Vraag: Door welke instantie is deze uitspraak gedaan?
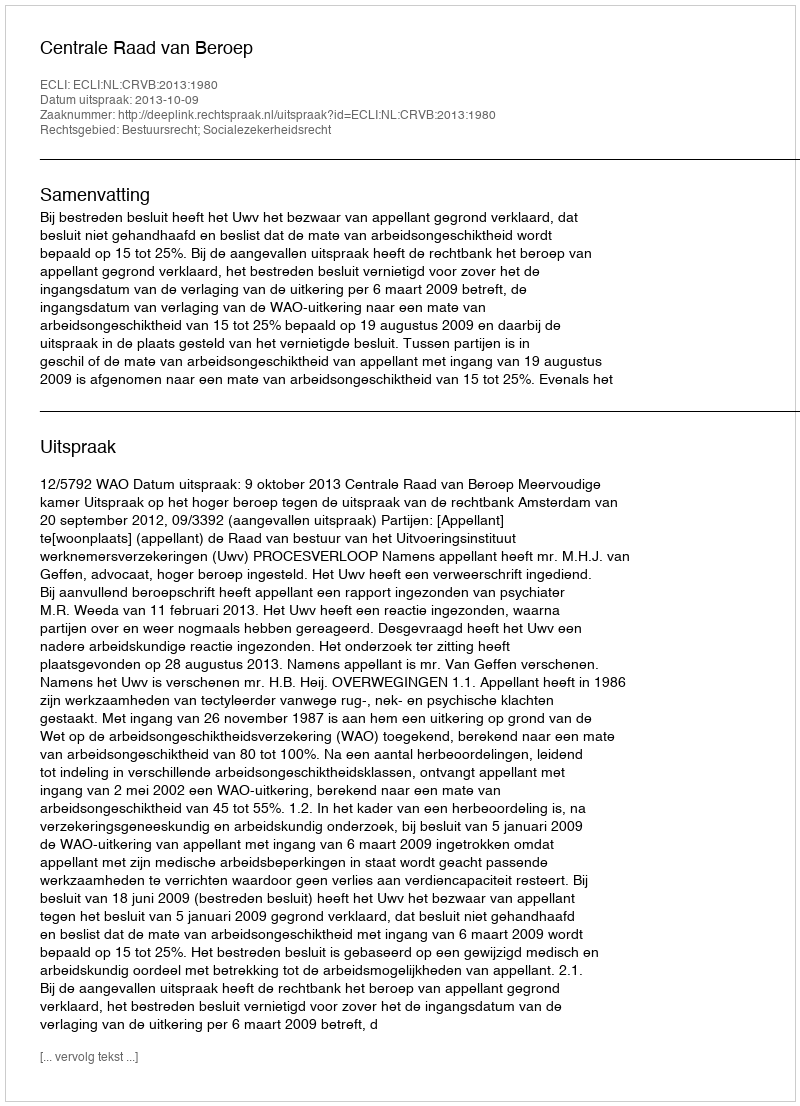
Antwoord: Centrale Raad van Beroep